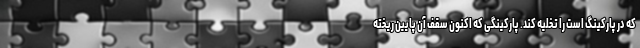
که در پارکینگ است را تخلیه کند. پارکینگی که اکنون سقف آن پایین ریخته